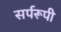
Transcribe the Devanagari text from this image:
सर्परूपी